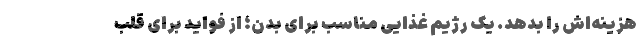
هزینه‌اش را بدهد. یک رژیم غذایی مناسب برای بدن؛ از فواید برای قلب